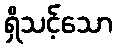
ရှိသင့်သော